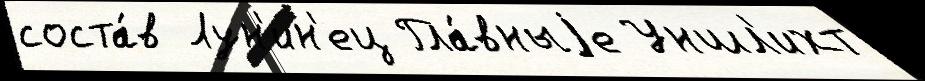
соста́в Лун'ин'ец Гла́вныjе Уншл'ихт